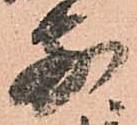
前